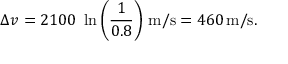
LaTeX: \Delta { v } = 2 1 0 0 \ \ln \left( { \frac { 1 } { 0 . 8 } } \right) \, { \mathrm { m / s } } = 4 6 0 \, { \mathrm { m / s } } .